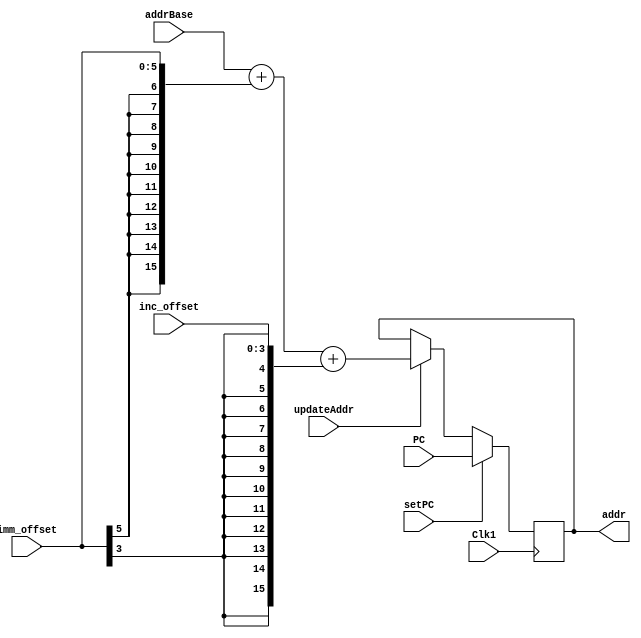
//controls DRAM addressing
module addrUnit(output reg [15:0] addr, input Clk1, input [5:0] imm_offset,
    input [15:0] addrBase, input [15:0] PC, input setPC, input updateAddr,
    input [3:0] inc_offset);

  reg [15:0] ex_offset;
  reg [15:0] ex_inc_offset;

  always@(posedge Clk1) begin

    if (setPC)
      addr <= PC;
    else if (updateAddr)
      addr <= addrBase + ex_offset + ex_inc_offset;
    else
      addr <= addr;

  end

  always@(imm_offset, inc_offset) begin
    ex_offset = { {10{imm_offset[5]}}, imm_offset};
    ex_inc_offset = { {12{imm_offset[3]}}, inc_offset};
  end

endmodule